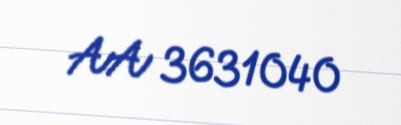
AA 3631040